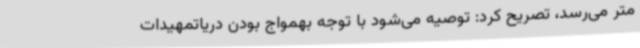
متر می‌رسد، تصریح کرد: توصیه می‌شود با توجه بهمواج بودن دریاتمهیدات